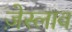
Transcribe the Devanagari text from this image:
ज़ेस्लाव